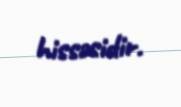
hissəsidir.